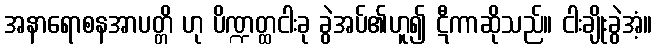
အနာရောစနအာပတ္တိ ဟု ပိဏ္ဍတ္ထငါးခု ခွဲအပ်၏ဟူ၍ ဋီကာဆိုသည်။ ငါးချိုးခွဲအံ့။